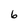
Character: 6